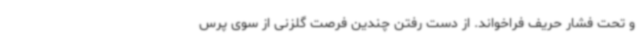
و تحت فشار حریف فراخواند. از دست رفتن چندین فرصت گلزنی از سوی پرس